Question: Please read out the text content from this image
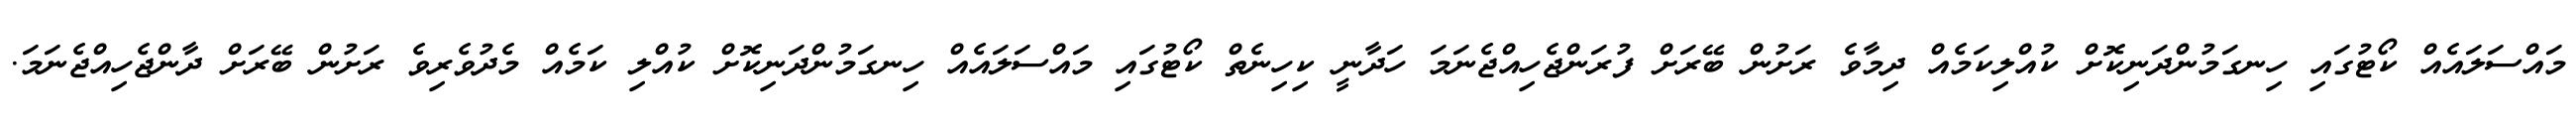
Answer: މައްސަލައެއް ކޯޓުގައި ހިނގަމުންދަނިކޮށް ކުއްލިކަމެއް ދިމާވެ ރަށުން ބޭރަށް ފުރަންޖެހިއްޖެނަމަ ހަދާނީ ކިހިނެތް ކޯޓުގައި މައްސަލައެއް ހިނގަމުންދަނިކޮށް ކުއްލި ކަމެއް މެދުވެރިވެ ރަށުން ބޭރަށް ދާންޖެހިއްޖެނަމަ.